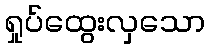
ရှုပ်ထွေးလှသော